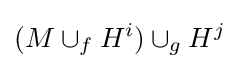
(M\cup _{f}H^{i})\cup _{g}H^{j}